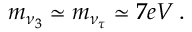
m _ { \nu _ { 3 } } \simeq m _ { \nu _ { \tau } } \simeq 7 e V \, .